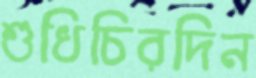
শুধিচিরদিন